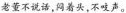
老董不说话，闷着头，不吱声。